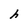
Character: h